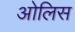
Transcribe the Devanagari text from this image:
ओलिस